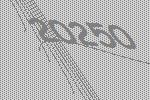
20250